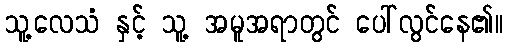
သူ့လေသံ နှင့် သူ့ အမူအရာတွင် ပေါ်လွင်နေ၏။